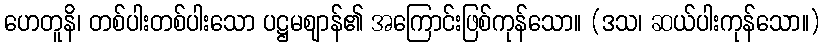
ဟေတူနိ၊ တစ်ပါးတစ်ပါးသော ပဋ္ဌမဈာန်၏ အကြောင်းဖြစ်ကုန်သော။ (ဒသ၊ ဆယ်ပါးကုန်သော။)